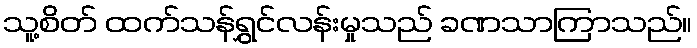
သူ့စိတ် ထက်သန်ရွှင်လန်းမှုသည် ခဏသာကြာသည်။